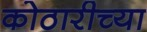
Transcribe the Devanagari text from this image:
कोठारीच्या